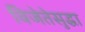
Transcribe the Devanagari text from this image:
विजेतेसुद्धा